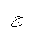
Letter: _gim